Senior Leaving Certificate Examination (including Day School Certificate (Higher) General paper), 1950
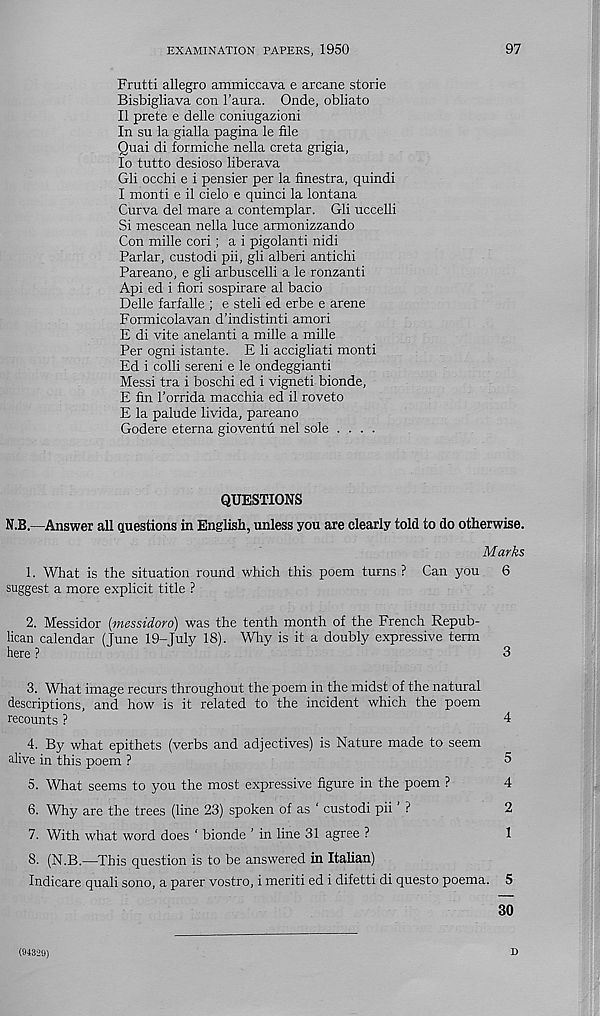
EXAMINATION PAPERS, 1950
97
Frutti allegro ammiccava e arcane storie
Bisbigliava con 1’aura. Onde, obliato
II prete e delle coniugazioni
In su la gialla pagina le file
Qua! di formiche nella creta grigia,
lo tutto desioso liberava
Gli occhi e i pensier per la finestra, quindi
I monti e il cielo e quinci la lontana
Curva del mare a contemplar. Gli uccelli
Si mescean nella luce armonizzando
Con mille cori; a i pigolanti nidi
Parlar, custodi pii, gli alberi antichi
Pareano, e gli arbuscelli a le ronzanti
Api ed i fieri sospirare al bacio
Delle farfalle ; e steli ed erbe e arene
Formicolavan d’indistinti amori
E di vite anelanti a mille a mille
Per ogni istante. E li accigliati monti
Ed i colli sereni e le ondeggianti
Messi tra i boschi ed i vigneti bionde,
E fin I’orrida macchia ed il roveto
E la palude livida, pareano
Godere eterna gioventu nel sole ....
QUESTIONS
N.B.—Answer all questions in English, unless you are clearly told to do otherwise.
Marks
1. What is the situation round which this poem turns ? Can you 6
suggest a more explicit title ?
2. Messidor (messidoro) was the tenth month of the French Repub-
lican calendar (June 19-July 18). Why is it a doubly expressive term
here ?
3
3. What image recurs throughout the poem in the midst of the natural
descriptions, and how is it related to the incident which the poem
recounts ?
4
4. By what epithets (verbs and adjectives) is Nature made to seem
alive in this poem ?
3
5. What seems to you the most expressive figure in the poem ?
4
6. Why are the trees (line 23) spoken of as ‘ custodi pii ’ ?
2
7. With what word does ‘ bionde ’ in line 31 agree ?
1
8. (N.B.—This question is to be answered in Italian)
Indicare quali sono, a parer vostro, i meriti ed i difetti di questo poema. 5
30
(94329)
D